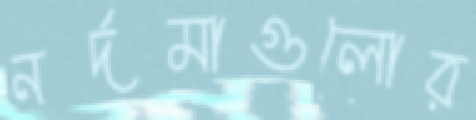
নর্দমাগুলোর